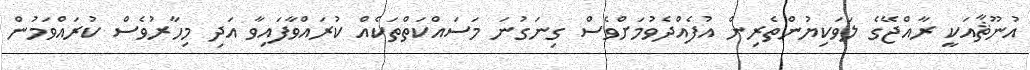
އުނޫޘާއަކީ ރާއްޖޭގެ ލަވަކިޔުންތެރިން އުފެއްދެވުމަށްވެސް ގިނަގުނަ މަސައްކަތްތަކެއް ކުރައްވާފައިވާ އަދި މިހާރުވެސް ކުރައްވަމުން